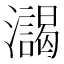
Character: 𰝯